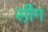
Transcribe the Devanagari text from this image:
सी़ंग